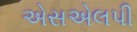
એસએલપી